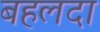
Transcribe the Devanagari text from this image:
बहलदा